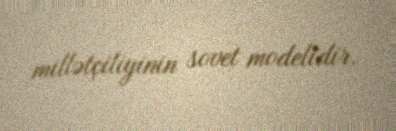
millətçiliyinin sovet modelidir.